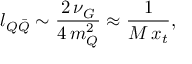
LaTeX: l _ { Q \bar { Q } } \sim \frac { 2 \, \nu _ { G } } { 4 \, m _ { Q } ^ { 2 } } \approx \frac { 1 } { M \, x _ { t } } ,